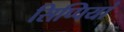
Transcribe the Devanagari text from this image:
सिप्पियां